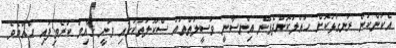
އެކަންކަން ރަނގަޅުކޮށް ހައްލުކޮށްދެވޭނެ އިންސާނީ ވަސީލަތްތައް ސްކޫލުތަކުގައި ވަނީ ޤާއިމު ކުރެވިފައި ހެއްޔެވެ